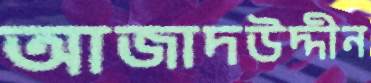
আজাদউদ্দীন